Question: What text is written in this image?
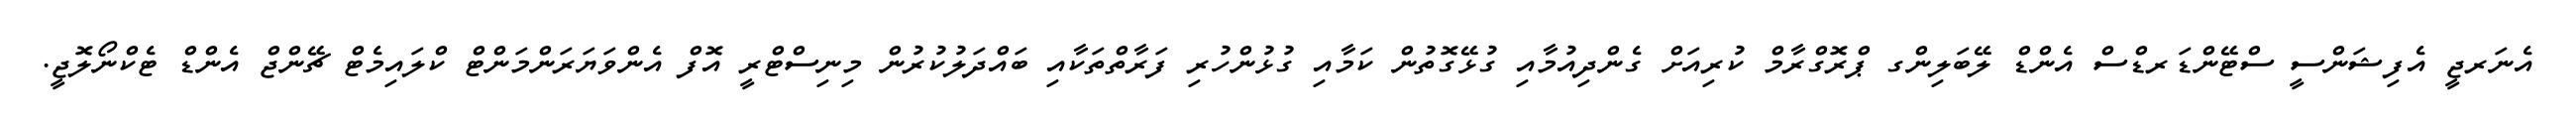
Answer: އެނަރޖީ އެފިޝަންސީ ސްޓޭންޑަރޑްސް އެންޑް ލޭބަލިންގ ޕްރޮގްރާމް ކުރިއަށް ގެންދިއުމާއި ގުޅޭގޮތުން ކަމާއި ގުޅުންހުރި ފަރާތްތަކާއި ބައްދަލުކުރުން މިނިސްޓްރީ އޮފް އެންވަޔަރަންމަންޓް ކްލައިމެޓް ޗޭންޖް އެންޑް ޓެކްނޯލޮޖީ.